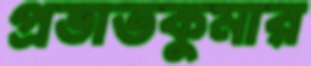
প্রভাতকুমার